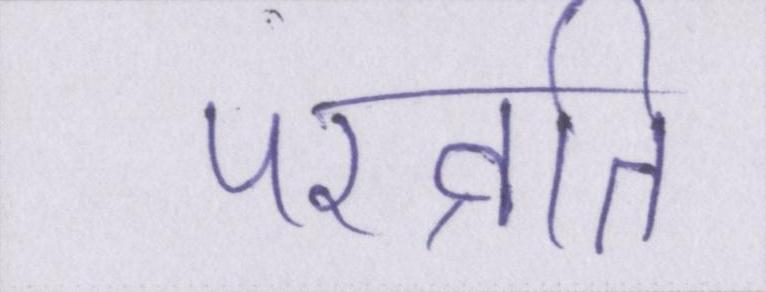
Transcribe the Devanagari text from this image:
परव्रति